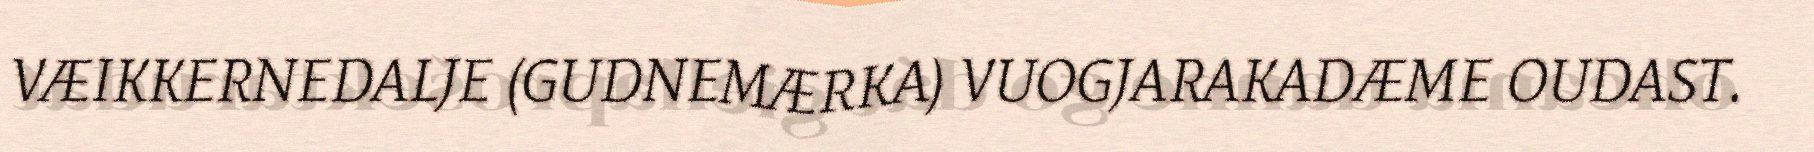
VÆIKKERNEDALJE (GUDNEMÆRKA) VUOGJARAKADÆME OUDAST.